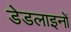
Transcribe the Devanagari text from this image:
डेडलाइनों